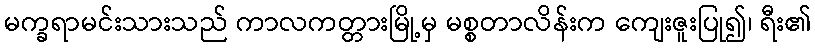
မက္ခရာမင်းသားသည် ကာလကတ္တားမြို့မှ မစ္စတာလိန်းက ကျေးဇူးပြု၍၊ ရီး၏